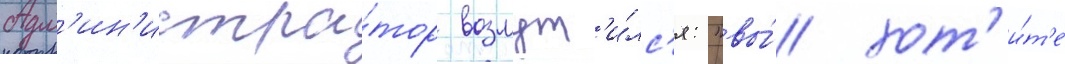
Адм'ин'истра́тор возмут'и́лс'я: "вы́ хот'и́т'е